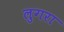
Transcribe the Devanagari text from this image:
लुगरा